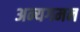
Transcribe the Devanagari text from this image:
अन्यगमन